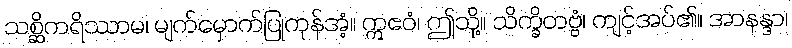
သစ္ဆိကရိဿာမ၊ မျက်မှောက်ပြုကုန်အံ့။ ဣဧဝံ၊ ဤသို့။ သိက္ခိတဗ္ဗံ၊ ကျင့်အပ်၏။ အာနန္ဒာ၊